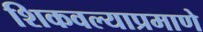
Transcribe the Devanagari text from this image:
शिकवल्याप्रमाणे